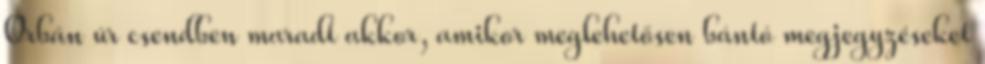
Orbán úr csendben maradt akkor, amikor meglehetősen bántó megjegyzéseket